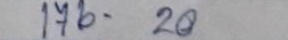
176 - 20